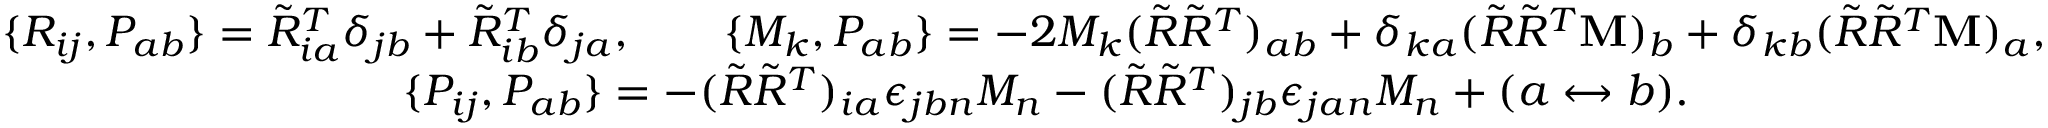
\begin{array} { r } { \{ R _ { i j } , P _ { a b } \} = \tilde { R } _ { i a } ^ { T } \delta _ { j b } + \tilde { R } _ { i b } ^ { T } \delta _ { j a } , \qquad \{ M _ { k } , P _ { a b } \} = - 2 M _ { k } ( \tilde { R } \tilde { R } ^ { T } ) _ { a b } + \delta _ { k a } ( \tilde { R } \tilde { R } ^ { T } { \bf M } ) _ { b } + \delta _ { k b } ( \tilde { R } \tilde { R } ^ { T } { \bf M } ) _ { a } , } \\ { \{ P _ { i j } , P _ { a b } \} = - ( \tilde { R } \tilde { R } ^ { T } ) _ { i a } \epsilon _ { j b n } M _ { n } - ( \tilde { R } \tilde { R } ^ { T } ) _ { j b } \epsilon _ { j a n } M _ { n } + ( a \leftrightarrow b ) . \qquad \qquad \qquad \qquad } \end{array}